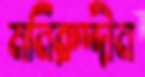
মনিরুদ্দীন